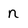
Character: n